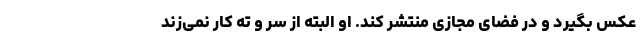
عکس بگیرد و در فضای مجازی منتشر کند. او البته از سر و ته کار نمی‌زند